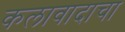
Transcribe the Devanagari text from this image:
कलावादाचा